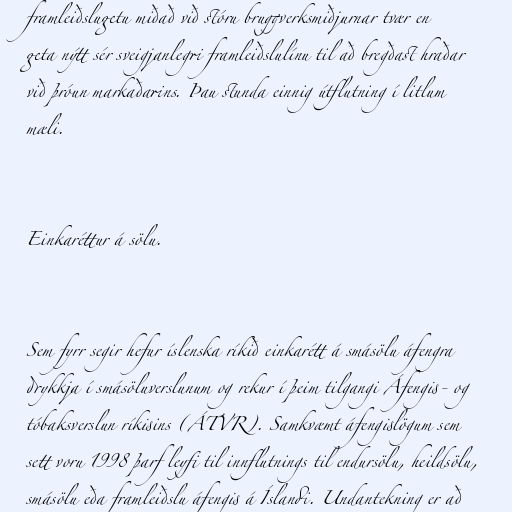
framleiðslugetu miðað við stóru bruggverksmiðjurnar tvær en
geta nýtt sér sveigjanlegri framleiðslulínu til að bregðast hraðar
við þróun markaðarins. Þau stunda einnig útflutning í litlum
mæli.

Einkaréttur á sölu.

Sem fyrr segir hefur íslenska ríkið einkarétt á smásölu áfengra
drykkja í smásöluverslunum og rekur í þeim tilgangi Áfengis- og
tóbaksverslun ríkisins (ÁTVR). Samkvæmt áfengislögum sem
sett voru 1998 þarf leyfi til innflutnings til endursölu, heildsölu,
smásölu eða framleiðslu áfengis á Íslandi. Undantekning er að